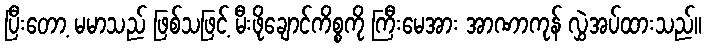
ပြီးတော့ မမာသည် ဖြစ်သဖြင့် မီးဖိုချောင်ကိစ္စကို ကြီးမေအား အာဏာကုန် လွှဲအပ်ထားသည်။